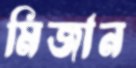
মিজান